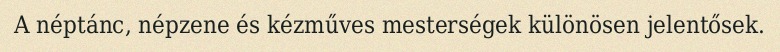
A néptánc, népzene és kézműves mesterségek különösen jelentősek.